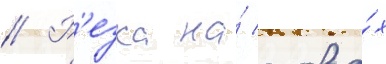
// Р'езка на́ слова́х